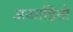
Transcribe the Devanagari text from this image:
अकाहितो